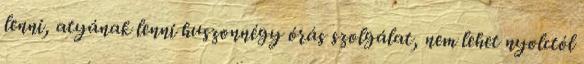
lenni, atyának lenni huszonnégy órás szolgálat, nem lehet nyolctól